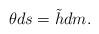
LaTeX: \begin{align*} \theta ds=\tilde{h}dm.\end{align*}